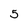
Character: 5